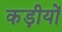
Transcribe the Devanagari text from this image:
कड़ीयों